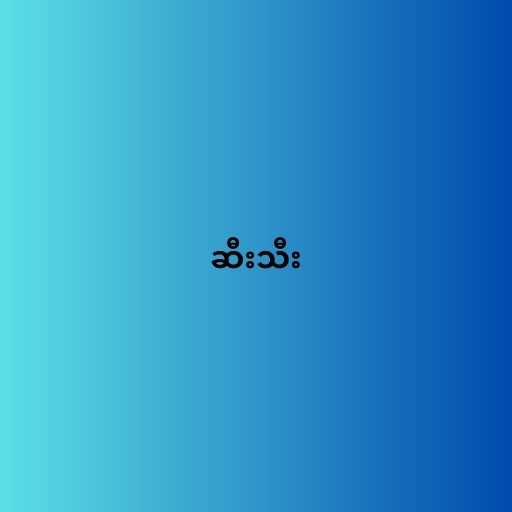
ဆီးသီး